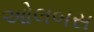
ઓલબસ